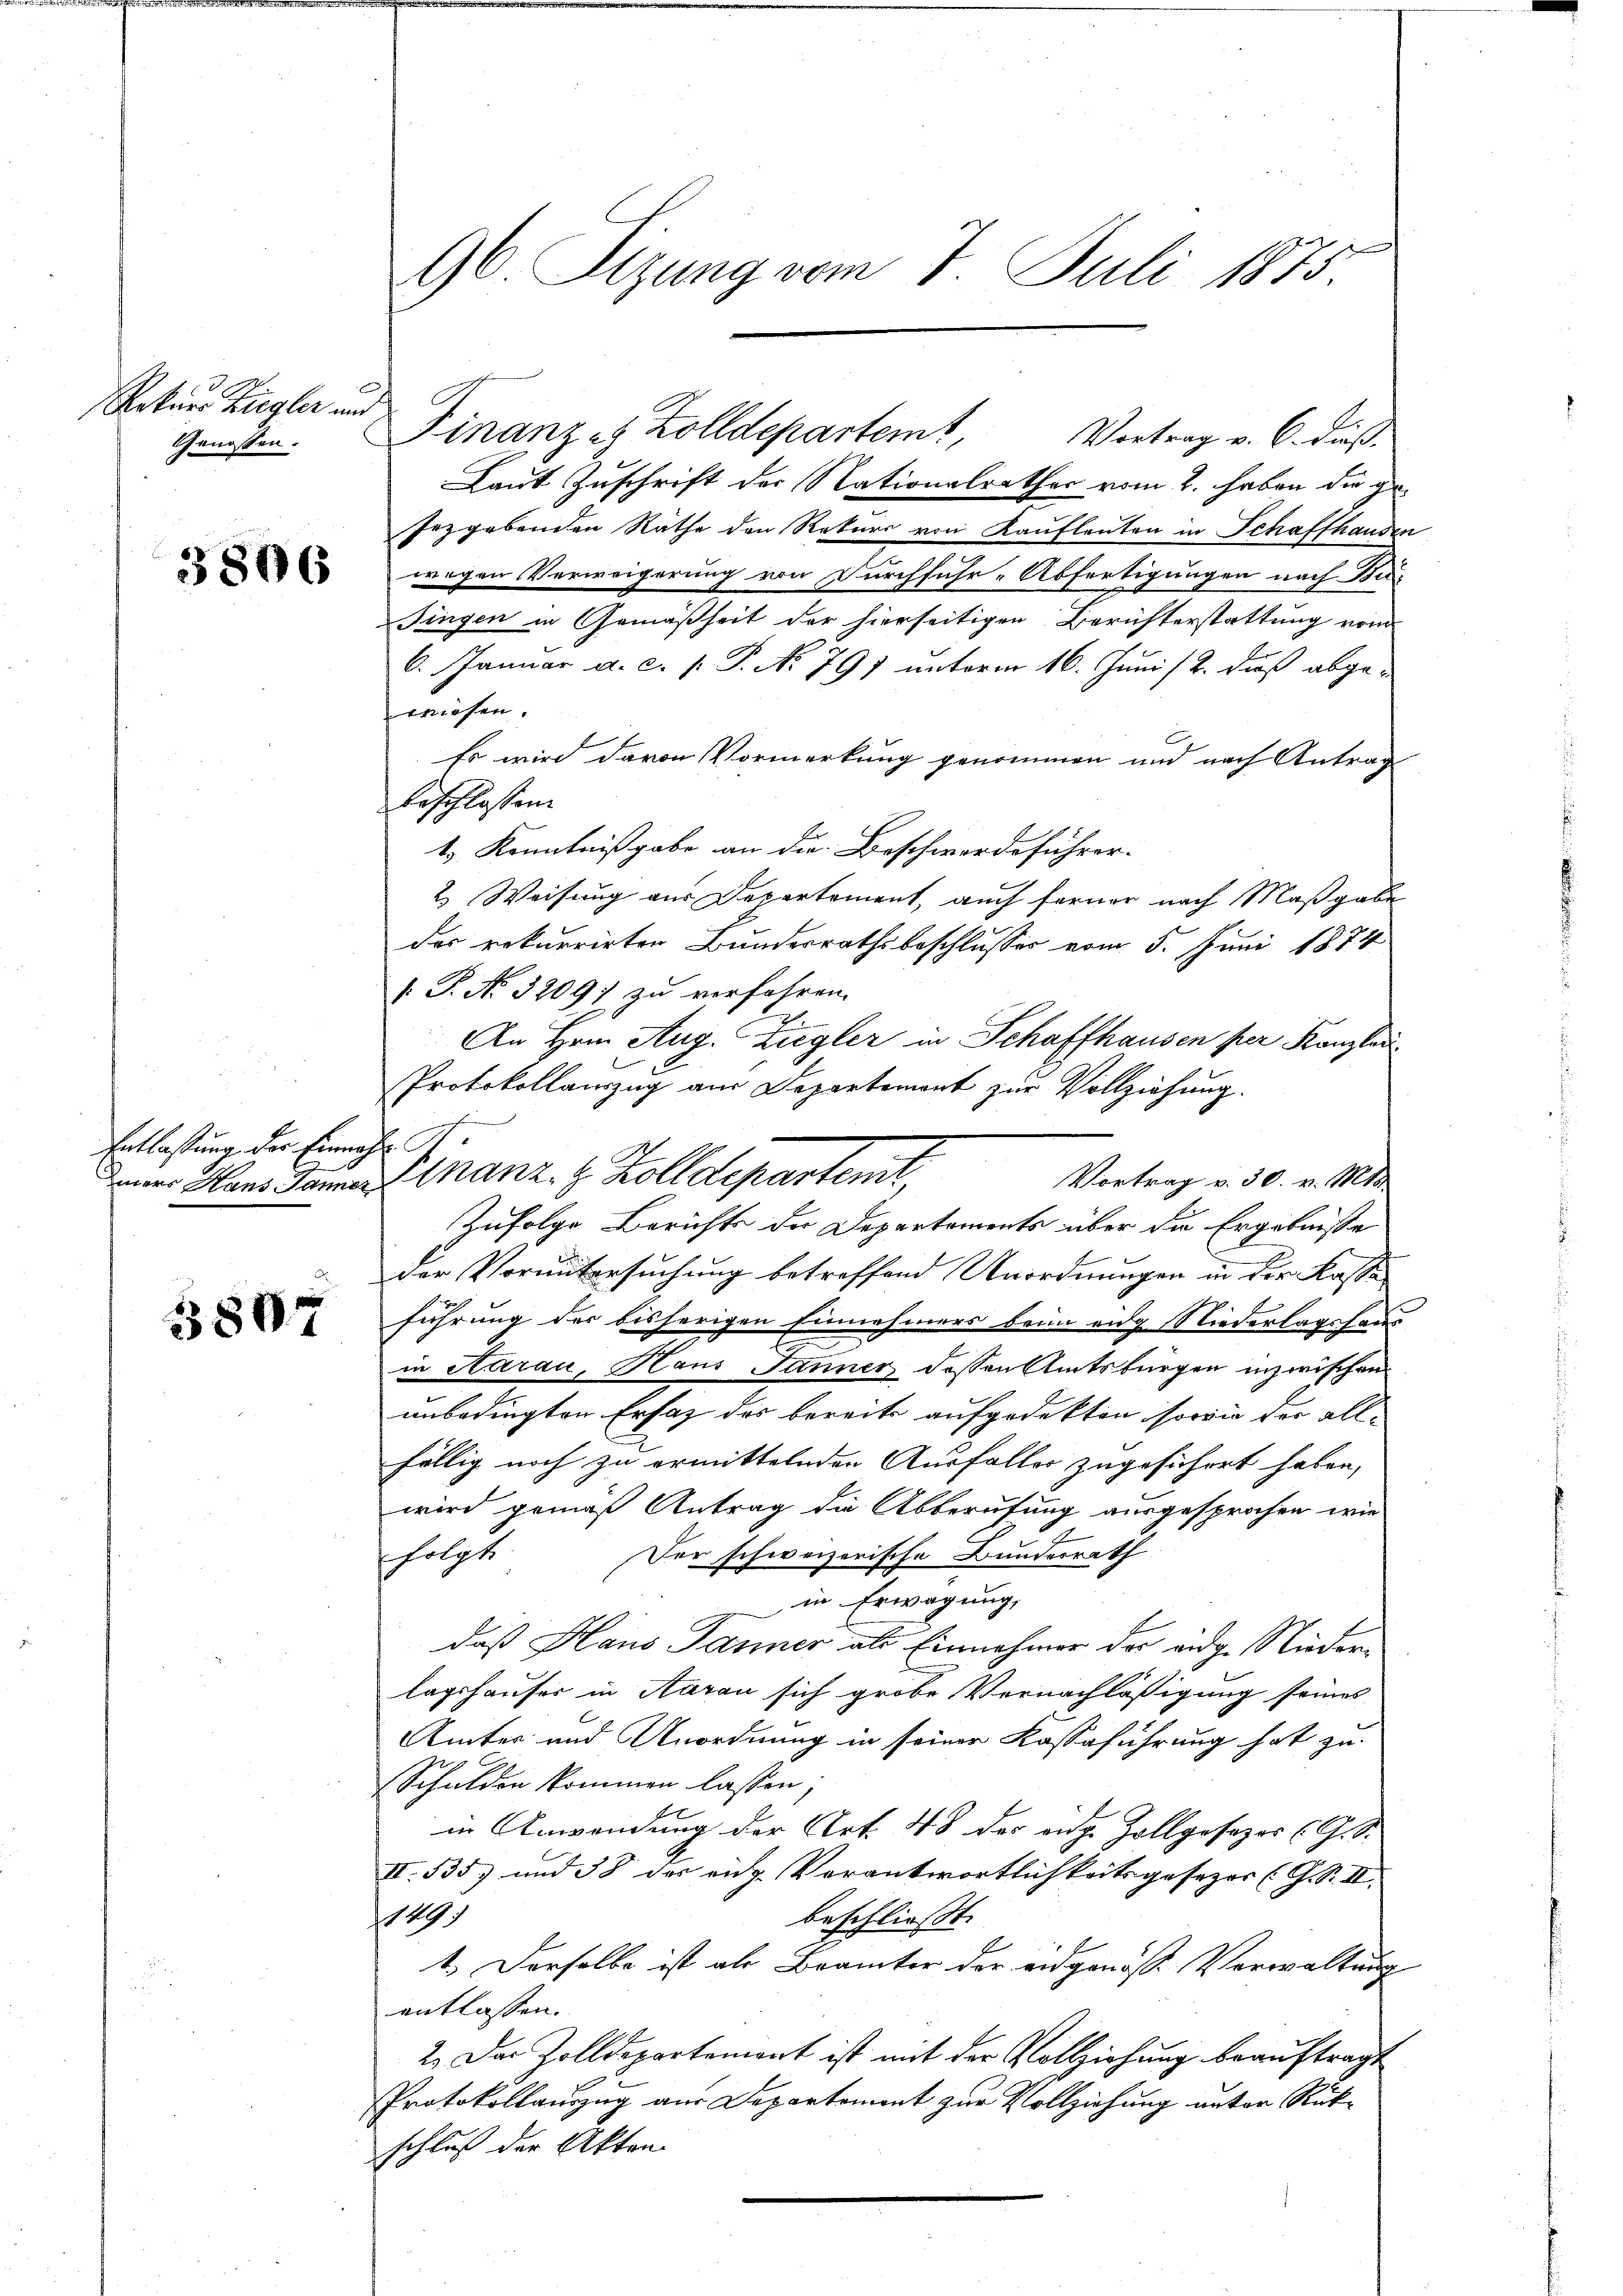
Rekurs Ziegler und
Genossen.

3806

Entlaßung der Einmahl

3807

96 Sizung vom 7. Juli 1875

Finanze Zolldepartem Vortrag v. 6. dieß.
Laut Zuschrift der Nationalrathes vom 2. haben die ge-
Jezgebenden Räthe den Rekurs von Kaufleuten in Schaffhanden
wegen Verweigerung von Durchführ-Abfertigungen nach Bu¬
Fingen in Gemäßheit der hierseitigen Berichterstattung von
6. Januar a. c. P. P. No 791 unterm 16. Juni /2. dieß abge-
wiesen.
Es wird davon Vormerkung genommen und nach Antrag
beschlossen.
1) Kenntnißgabe an die Beschwerdeführer-
2) Weisung aus Departement, auch ferner nach Maßgabe
Der rekurrirten Bundesrathsbeschlusses vom 5. Juni 1874
 P. No. 3209) zu verfahren.
An Hrn. Aug. Ziegler in Schaffhausen per Kanzlei
Protokollauszug aus Departemont zur Vollziehung.
.
Diner Haus dann Finanz. Z. Zolldepartent
Vortrag v. 30. v. Mts.
Zufolge Berichts der Departements über die Ergebnisse
der Voruntersuchung betreffend Unordnungen in der Kassa
führung der bisherigen Einnehmers beim eng Niederlagshaus
in Aarau, Haus Jänner dessen Amtsbürgen inzwischen
unbedingten Ersatz des bereits aufgedekten, sowie der all-
fällig noch zu ermittelnden Ausfaller zugesichert haben,
wird gemäß Antrag die Abberufung ausgesprochen wie
Der schweizerische Bundesrath
folgt
in Erwägung,
daß Haus Jänner als Einnahmer der ange Niederlagshauses in Aarau sich grobe Vernachläßigung seines
Ämter und Anordnung in seiner Kassaführung hat zu
Schulden kommen lassen,
in Anwendung der Art. 48 der ag. Zollgesezes (G. S.
II.535) und 38 des aug. Vorantwortlichkeitsgesezes (G. S. II.
189
beschließt:
1.) Derselbe ist als Brämter der eidgenösse Verwaltung
entlassen.
2.) Das Zolldepartement ist mit der Vollziehung beauftragt
Protokollauszug aus Departement zur Vollziehung unter Rück-
schluß der Akten.